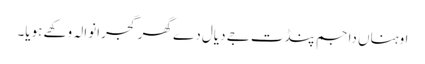
اوہناں دا جم پنڈت جےَ دیال دے گھر گجرانوالہ وکھے ہویا۔